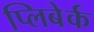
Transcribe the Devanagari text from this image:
प्लिबेर्क